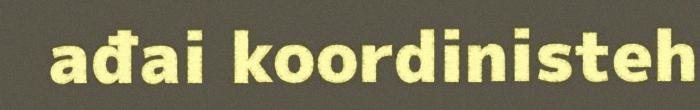
ađai koordinisteh